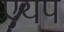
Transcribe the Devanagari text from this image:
एयप